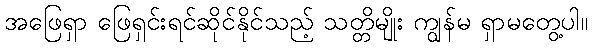
အဖြေရှာ ဖြေရှင်းရင်ဆိုင်နိုင်သည့် သတ္တိမျိုး ကျွန်မ ရှာမတွေ့ပါ။